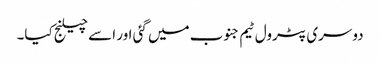
دوسری پٹرول ٹیم جنوب میں گئی اور اسے چیلنج کیا۔